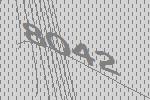
8042